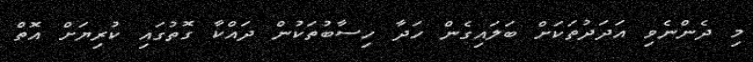
މި ދެންނެވި އަދަދުތަކަށް ބަލައިގެން ހަދާ ހިސާބުތަކުން ދައްކާ ގޮތުގައި ކުރިޔަށް އޮތް